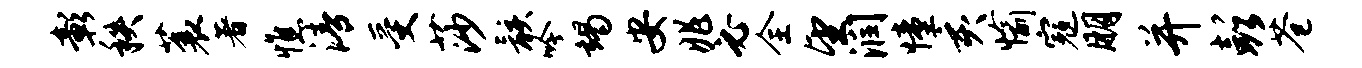
彰秩蓑著憔清受莎骸吟竭安兆必全望润憧亥愉寇朋并彭苍